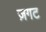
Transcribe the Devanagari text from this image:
ज़गट